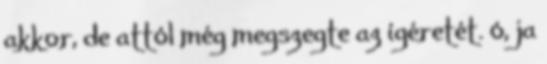
akkor, de attól még megszegte az ígéretét. ó, ja